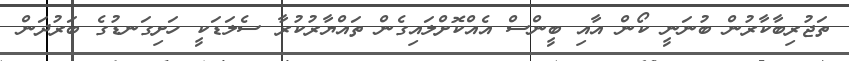
ތަޖުރިބާކާރުން ބުނަނީ ކޯން އާއި ބީންސް އެއްކޮށްލައިގެން ތައްޔާރުކުރާ ސެލަޑަކީ ހަށިގަނޑުގެ ބަރުދަން